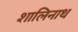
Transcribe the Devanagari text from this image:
शालिनाथ